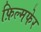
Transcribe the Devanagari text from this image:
फ़िल्मफेर